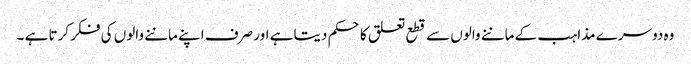
وہ دوسرے مذاہب کے ماننے والوں سے قطع تعلق کا حکم دیتا ہے اور صرف اپنے ماننے والوں کی فکر کرتا ہے ۔